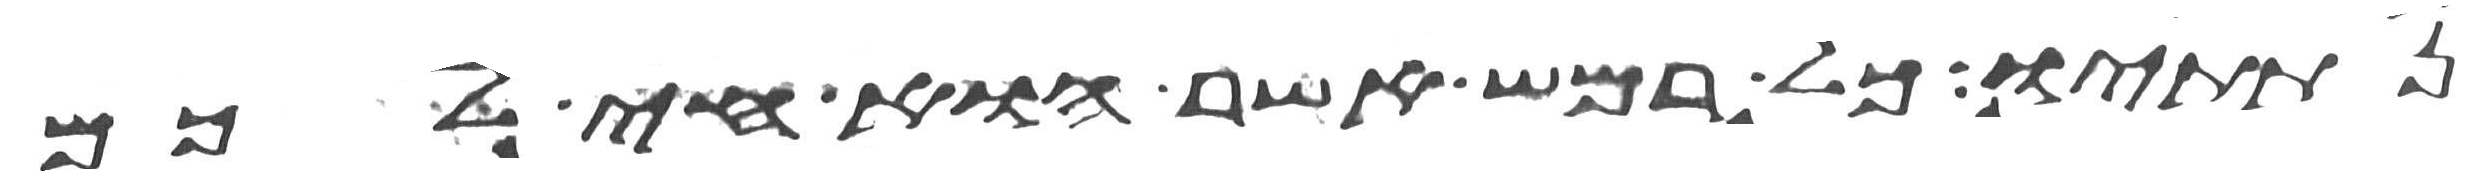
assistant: נתתיו כל רמש אשר הוא חי לכם